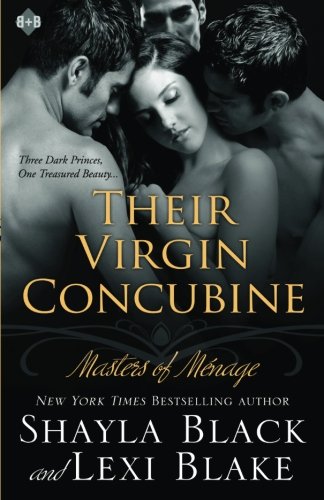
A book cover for Their Virgin Concubine: Masters of MÃ©nage, Book 3 (Masters of Menage); Shayla Black; Romance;